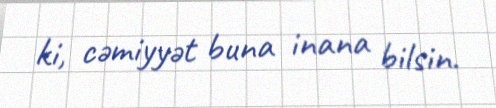
ki, cəmiyyət buna inana bilsin.